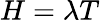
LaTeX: H=\lambda T